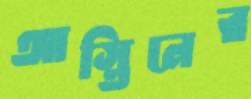
আস্তিনের